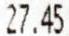
27.45